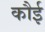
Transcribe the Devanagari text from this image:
कौई